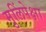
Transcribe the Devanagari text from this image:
मुलिंपेक्षा